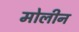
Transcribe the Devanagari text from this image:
मोलीन